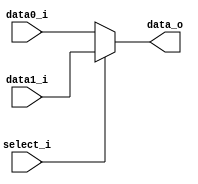
module MUX_2to1(
               data0_i,
               data1_i,
               select_i,
               data_o
               );

parameter size = 0;
			
//I/O ports               
input   [size-1:0] data0_i;          
input   [size-1:0] data1_i;
input              select_i;
output  [size-1:0] data_o; 

//Internal Signals
wire     [size-1:0] data_o;
//Main function
assign data_o = (select_i)? data1_i:data0_i;

endmodule